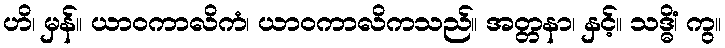
ဟိ၊ မှန်။ ယာဝကာလိကံ၊ ယာဝကာလိကသည်။ အတ္တနာ၊ နှင့်။ သဒ္ဓိံ၊ ကွ။